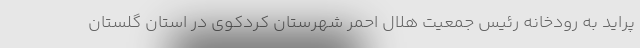
پراید به رودخانه رئیس جمعیت هلال احمر شهرستان کردکوی در استان گلستان